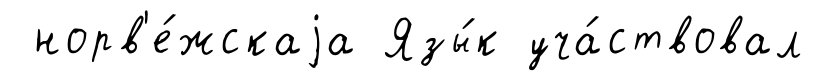
норв'е́жскаjа Язы́к уча́ствовал